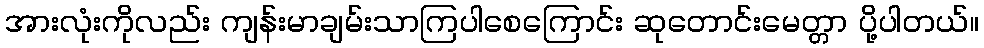
အားလုံးကိုလည်း ကျန်းမာချမ်းသာကြပါစေကြောင်း ဆုတောင်းမေတ္တာ ပို့ပါတယ်။